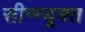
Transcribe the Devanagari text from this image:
सीन्ग्युक्त